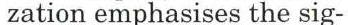
zation emphasises the sig-